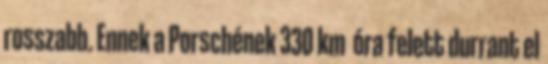
rosszabb. Ennek a Porschének 330 km óra felett durrant el